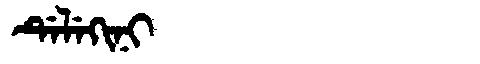
Manchu: ᡩᡝᠯᡝᡴᡳᠨᡳ
Romanization: DELEKINI